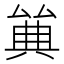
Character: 𠔩